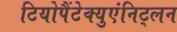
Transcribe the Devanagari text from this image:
टियोपैंटेक्युएंनिट्लन